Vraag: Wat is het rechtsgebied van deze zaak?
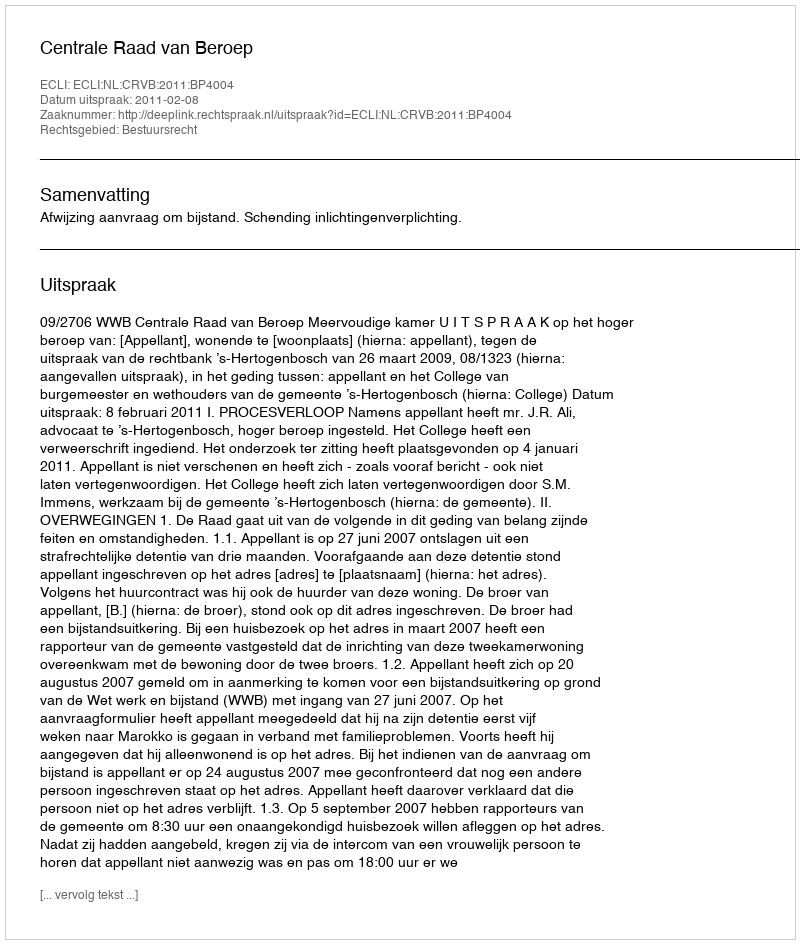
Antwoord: Bestuursrecht